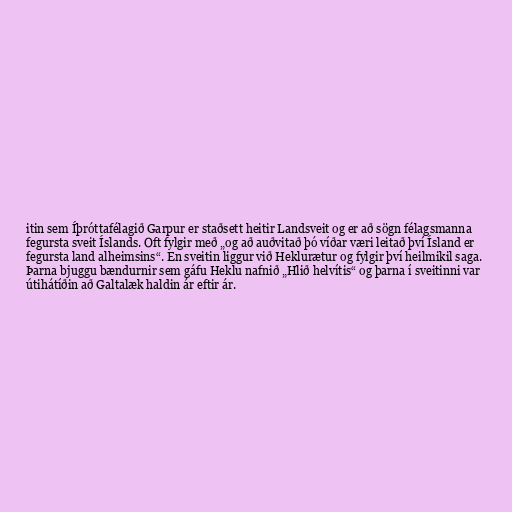
itin sem Íþróttafélagið Garpur er staðsett heitir Landsveit og er að sögn félagsmanna
fegursta sveit Íslands. Oft fylgir með „og að auðvitað þó víðar væri leitað því Ísland er
fegursta land alheimsins“. En sveitin liggur við Heklurætur og fylgir því heilmikil saga.
Þarna bjuggu bændurnir sem gáfu Heklu nafnið „Hlið helvítis“ og þarna í sveitinni var
útihátíðin að Galtalæk haldin ár eftir ár.